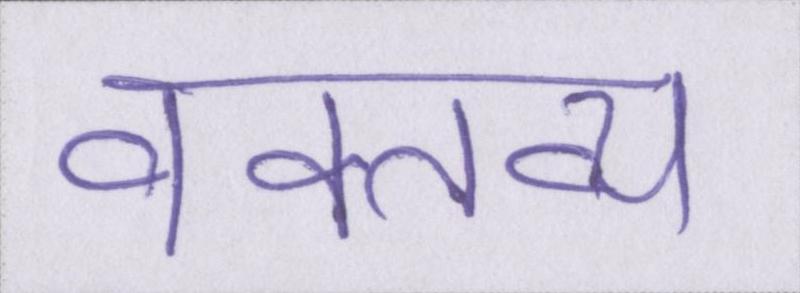
वक्तव्य